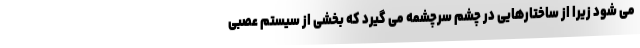
می شود زیرا از ساختارهایی در چشم سرچشمه می گیرد که بخشی از سیستم عصبی